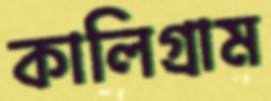
কালিগ্রাম